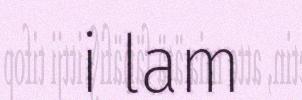
i lam